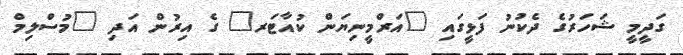
ގަދީމީ ޝަހަރުގެ ދެކުނު ފަޅީގައި "އަރްމީނިޔަން ކުއާޓަރ" ގެ އިރުން އަދި "މުސްލިމް